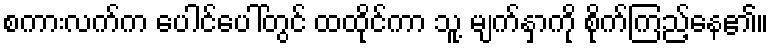
စကားလက်က ပေါင်ပေါ်တွင် ထထိုင်ကာ သူ့ မျက်နှာကို စိုက်ကြည့်နေ၏။